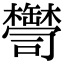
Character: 𦉠